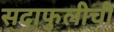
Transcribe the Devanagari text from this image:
सदाफुलीची